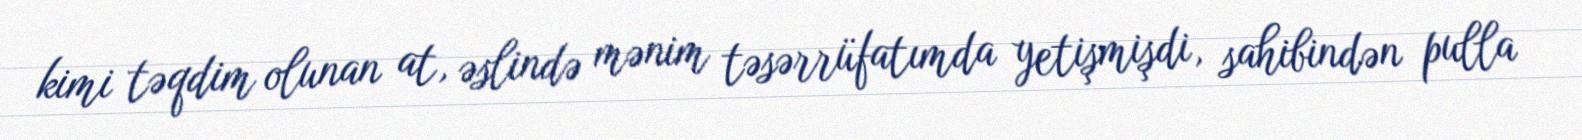
kimi təqdim olunan at, əslində mənim təsərrüfatımda yetişmişdi, sahibindən pulla